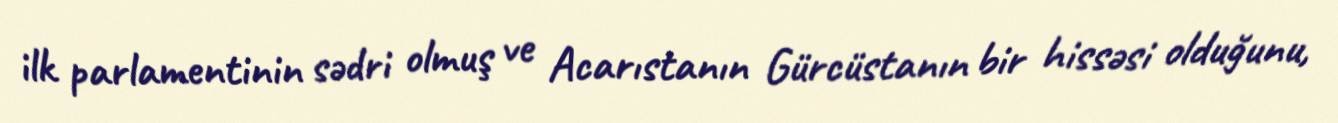
ilk parlamentinin sədri olmuş ve Acarıstanın Gürcüstanın bir hissəsi olduğunu,